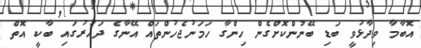
އޮބާމާ ވިދާޅުވީ ބަޑި ބޭނުންކޮށްގެން ހިންގާ ހަމަނުޖެހުންތައް އޭނާގެ ދައުރުގައި ބާކީ އޮތް